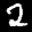
Label: 2